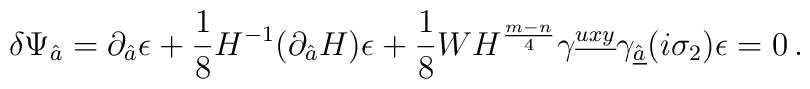
\delta \Psi_{\hat{a}} = \partial_{\hat{a}} \epsilon + {1\over 8} H^{-1} (\partial_{\hat{a}} H) \epsilon  + {1\over 8} W H^{{m-n \over 4}} \gamma^{\underline{uxy}}\gamma_{\underline{\hat{a}}}(i\sigma_2) \epsilon = 0 \, .